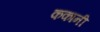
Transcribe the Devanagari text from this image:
ककानी